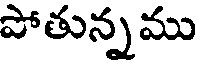
పోతున్నము